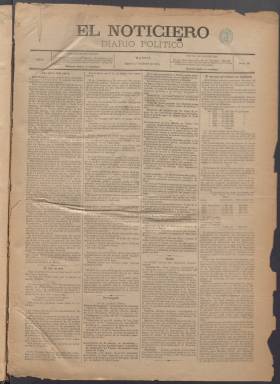
Título: El Noticiero (Madrid. 1883)
Colección: Periódicos
Ámbito geográfico: Madrid
Lugar de publicación: Madrid
Fechas: 01/01/1884-29/08/1891